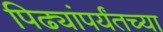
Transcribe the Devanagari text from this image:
पिढ्यांपर्यंतच्या